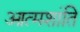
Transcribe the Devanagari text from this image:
आत्मशांति